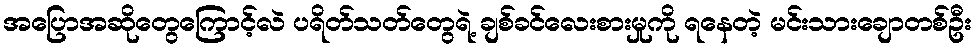
အပြောအဆိုတွေကြောင့်လဲ ပရိတ်သတ်တွေရဲ့ ချစ်ခင်လေးစားမှုကို ရနေတဲ့ မင်းသားချောတစ်ဦး